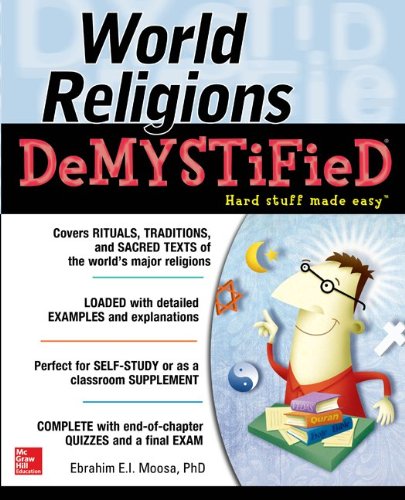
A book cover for World Religions DeMYSTiFieD; Ebrahim Moosa; Religion & Spirituality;